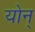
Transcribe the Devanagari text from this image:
योन्